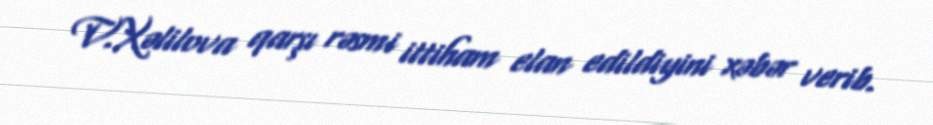
V.Xəlilova qarşı rəsmi ittiham elan edildiyini xəbər verib.